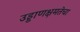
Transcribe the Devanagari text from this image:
उड्डाणक्षमतेचा